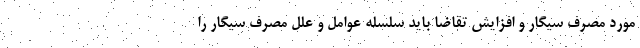
مورد مصرف سیگار و افزایش تقاضا باید سلسله عوامل و علل مصرف سیگار را